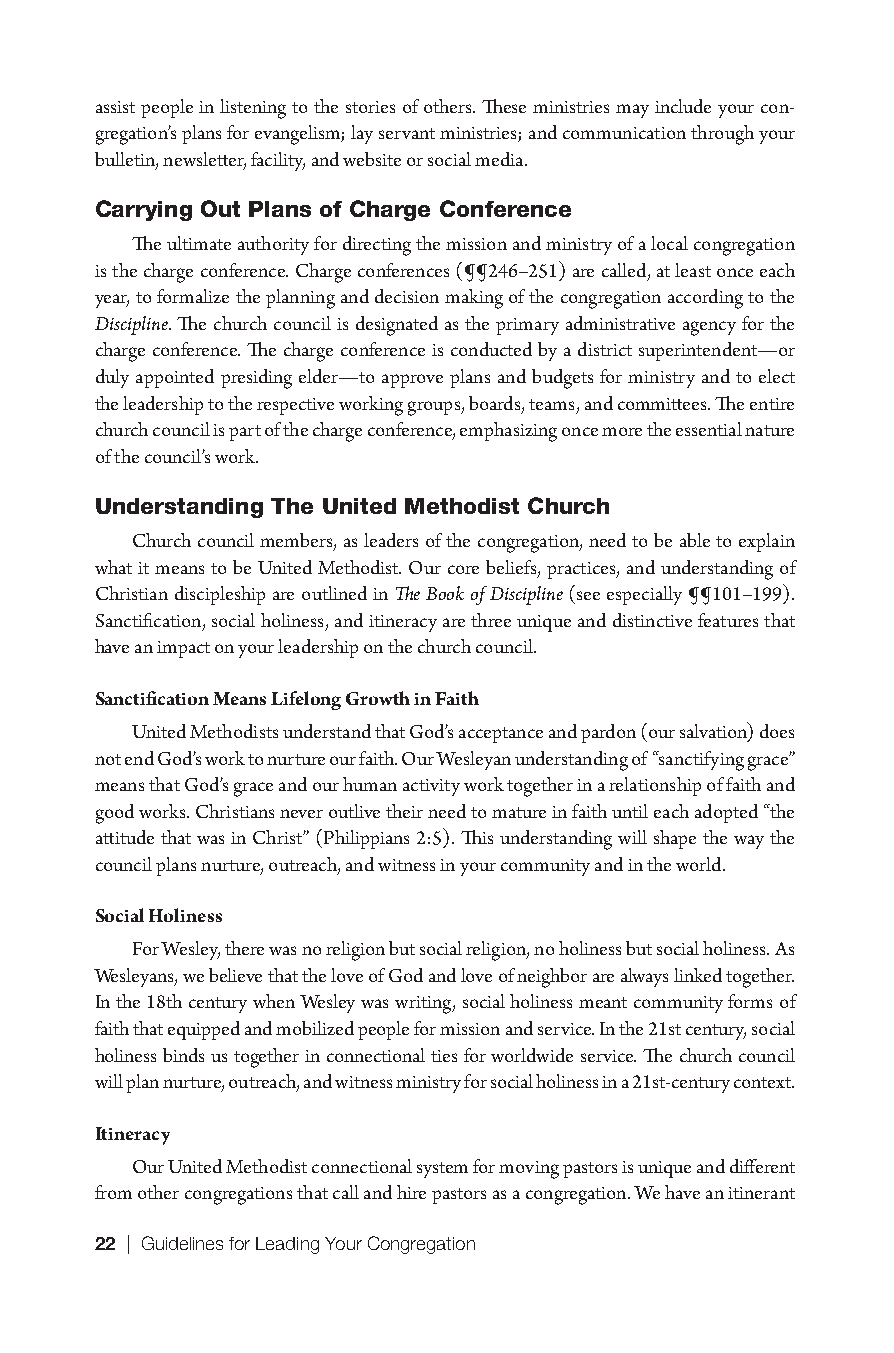
assist people in listening to the stories of others. These ministries may include your con-
 gregation’s plans for evangelism; lay servant ministries; and communication through your
 bulletin, newsletter, facility, and website or social media.
 Carrying Out Plans of Charge Conference
 The ultimate authority for directing the mission and ministry of a local congregation
 is the charge conference. Charge conferences (¶¶246–251) are called, at least once each
 year, to formalize the planning and decision making of the congregation according to the
 Discipline. The church council is designated as the primary administrative agency for the
 charge conference. The charge conference is conducted by a district superintendent—or
 duly appointed presiding elder—to approve plans and budgets for ministry and to elect
 the leadership to the respective working groups, boards, teams, and committees. The entire
 church council is part of the charge conference, emphasizing once more the essential nature
 of the council’s work.
 Understanding The United Methodist Church
 Church council members, as leaders of the congregation, need to be able to explain
 what it means to be United Methodist. Our core beliefs, practices, and understanding of
 Christian discipleship are outlined in The Book of Discipline (see especially ¶¶101–199).
 Sanctification, social holiness, and itineracy are three unique and distinctive features that
 have an impact on your leadership on the church council.
 Sanctification Means Lifelong Growth in Faith
 United Methodists understand that God’s acceptance and pardon (our salvation) does
 not end God’s work to nurture our faith. Our Wesleyan understanding of “sanctifying grace”
 means that God’s grace and our human activity work together in a relationship of faith and
 good works. Christians never outlive their need to mature in faith until each adopted “the
 attitude that was in Christ” (Philippians 2:5). This understanding will shape the way the
 council plans nurture, outreach, and witness in your community and in the world.
 Social Holiness
 For Wesley, there was no religion but social religion, no holiness but social holiness. As
 Wesleyans, we believe that the love of God and love of neighbor are always linked together.
 In the 18th century when Wesley was writing, social holiness meant community forms of
 faith that equipped and mobilized people for mission and service. In the 21st century, social
 holiness binds us together in connectional ties for worldwide service. The church council
 will plan nurture, outreach, and witness ministry for social holiness in a 21st-century context.
 Itineracy
 Our United Methodist connectional system for moving pastors is unique and different
 from other congregations that call and hire pastors as a congregation. We have an itinerant
 22 | Guidelines for Leading Your Congregation
 9781501830303_INT_layout.indd 22                    8/8/16 9:37 AM